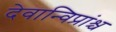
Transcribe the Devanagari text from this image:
देवान्विप्रांश्च